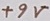
Text: +9V